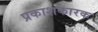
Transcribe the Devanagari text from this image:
प्रकाशकारक